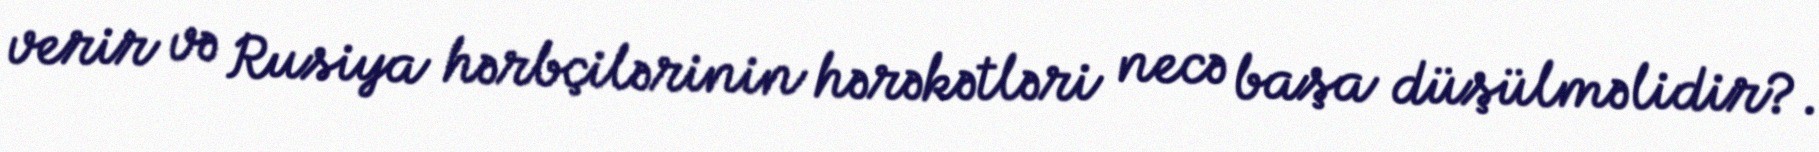
verir və Rusiya hərbçilərinin hərəkətləri necə başa düşülməlidir?.